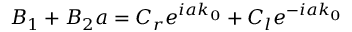
B _ { 1 } + B _ { 2 } a = C _ { r } e ^ { i a k _ { 0 } } + C _ { l } e ^ { - i a k _ { 0 } }